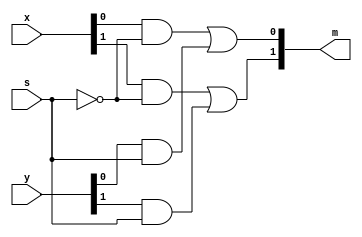
`timescale 1ns / 1ps
/*
 two-bit wide 2-to-1 multiplexer using gate-level modeling
 author: albelt
 Input
            x[1:0]:  J15,L16 (switch)
            y[1:0]: M13,R15 (switch)
            s: R13(switch)
Output
            m[1:0]: H17,K15(led)
*/


module lab_1_1_2(x,y,s,m);
    input wire[1:0] x;
    input wire[1:0] y;
    input wire s;
    output wire[1:0] m;
    
    wire ns;
    wire[1:0] sel_a;
    wire[1:0] sel_b;
    
    not u0(ns,s);
    and u11(sel_a[0],x[0],ns);
    and u21(sel_a[1],x[1],ns);
    and u12(sel_b[0],y[0],s);
    and u22(sel_b[1],y[1],s);
    or u31(m[0],sel_a[0],sel_b[0]);
    or u32(m[1],sel_a[1],sel_b[1]);
    
endmodule